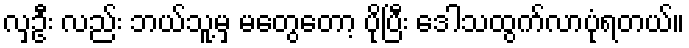
လှဦး လည်း ဘယ်သူ့မှ မတွေတော့ ပိုပြီး ဒေါသထွက်လာပုံရတယ်။